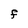
Character: F